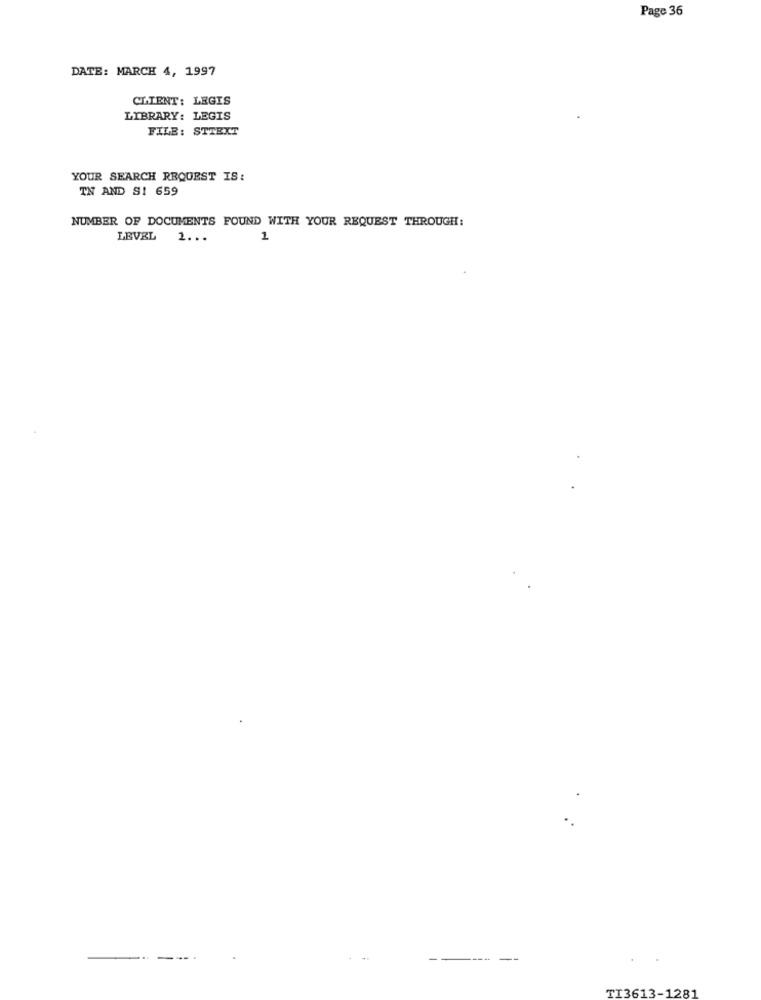
Page 36
DATE: MARCH 4, 1997
CLIENT: LEGIS
LIBRARY: LEGIS
FILE: STTEXT
YOUR SEARCH REQUEST IS:
TN AND S1 659
NUMBER OF DOCUMENTS FOUND WITH YOUR REQUEST THROUGH:
LEVEL 1 ...
1
TI3613-1281